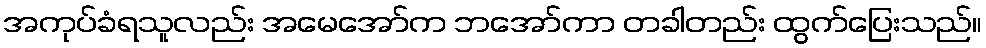
အကုပ်ခံရသူလည်း အမေအော်က ဘအော်ကာ တခါတည်း ထွက်ပြေးသည်။